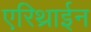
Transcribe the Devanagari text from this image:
एरिथ्राईन